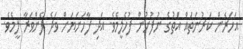
އަހަރެން ކަރުނަތައް އަތުގެ ނުފުށުން ފުހެލީމެވެ. އަދި ފާހަނަޔަށް ވަދެ ފެންވަރާ ލީމެވެ.